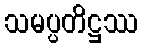
သမပ္ပတိဋ္ဌဿ